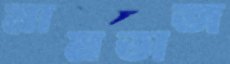
মামতাজ